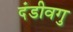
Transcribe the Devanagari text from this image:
दंडीवगु